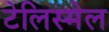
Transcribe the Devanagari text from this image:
टेलिस्मेल